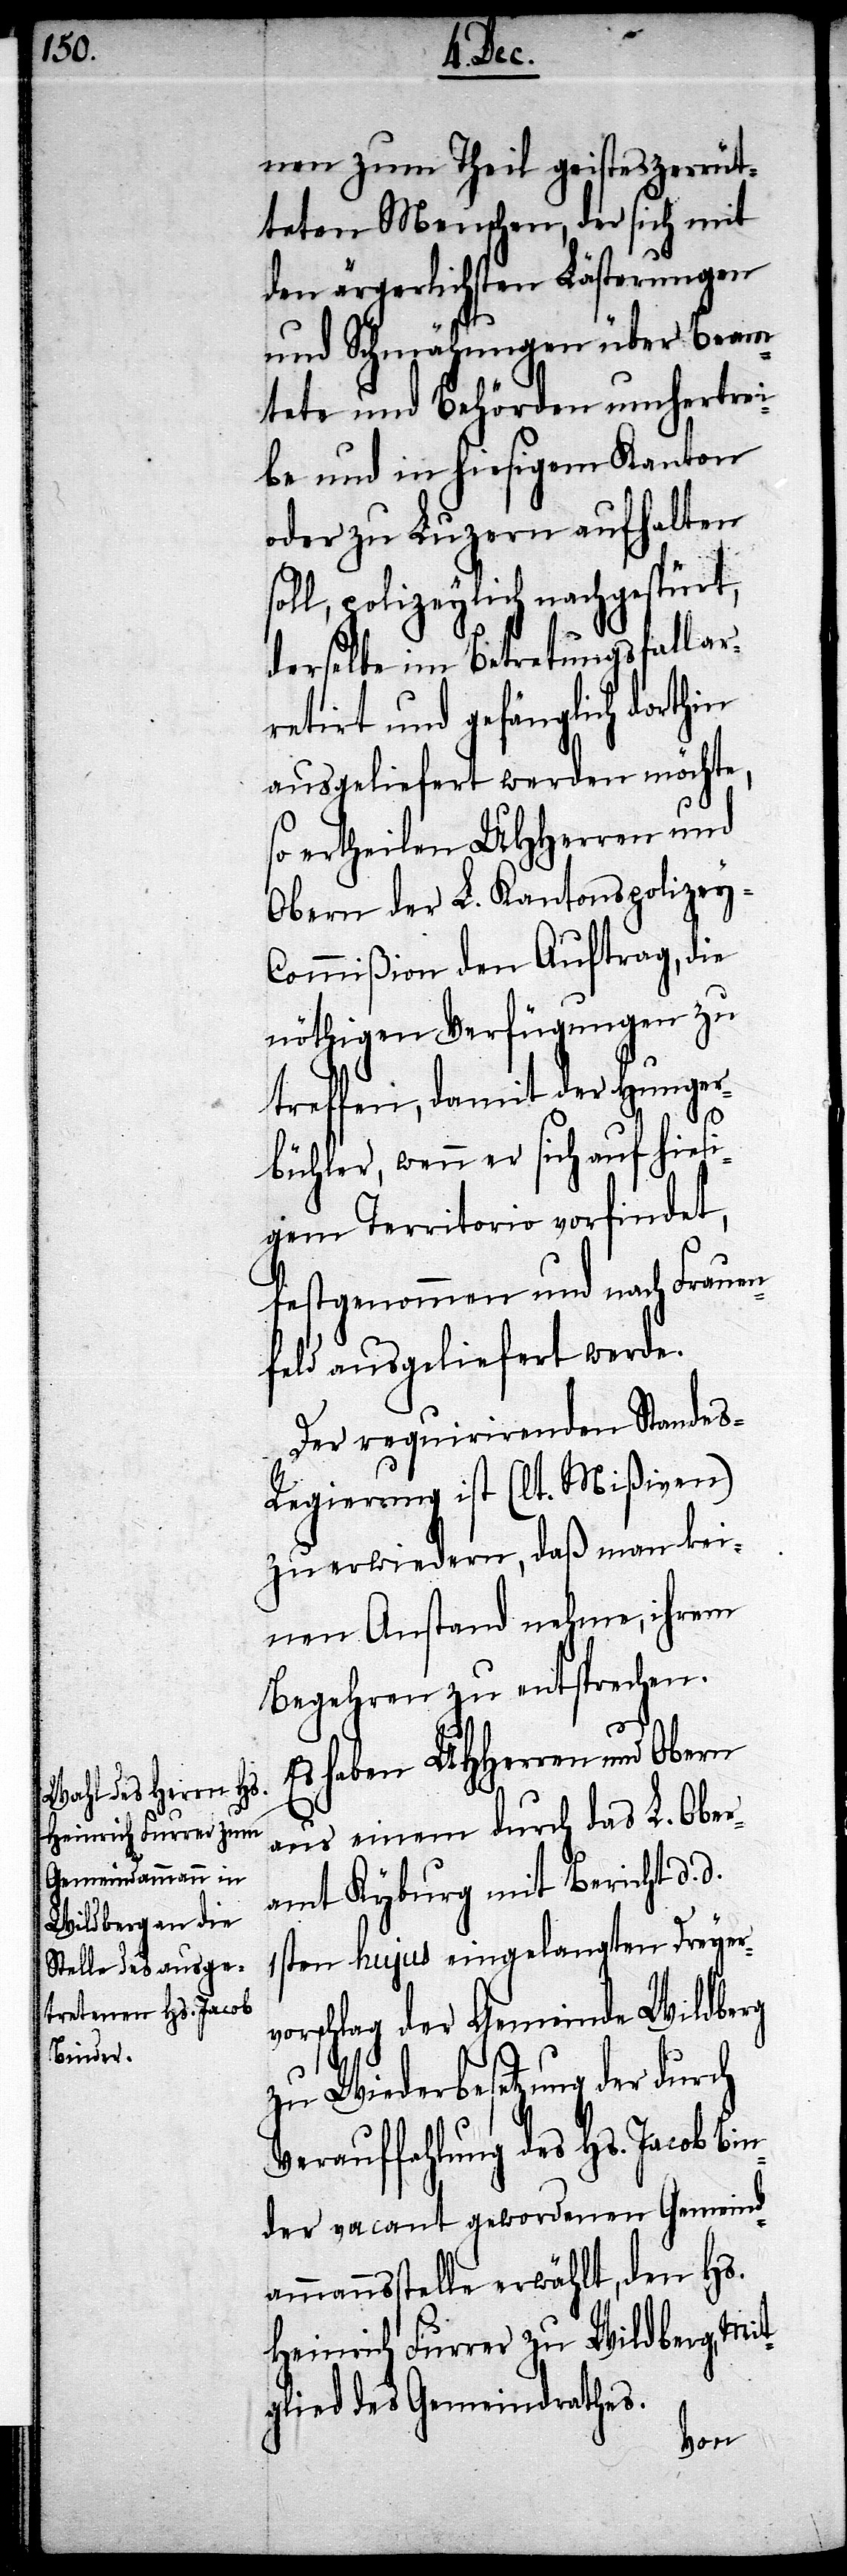
nem zum Theil geisteszerrüt¬
teten Menschen, der sich mit
den ärgerlichsten Lästerungen
und Schmähungen über Beam¬
tete und Behörden umhertrei¬
be und in hiesigem Kanton
oder zu Luzern aufhalten
soll, polizeylich nachgespürt,
derselben in Betretungsfall ar¬
retirt und gefänglich dorthin
ausgeliefert werden möchte,
so ertheilen UHHerren und
Obern des L. Kantonspolizey-C¬
ommißion den Auftrag, die
nöthigen Verfügungen zu
treffen, damit der Hunger¬
bühler, wenn er sich auf hiesi¬
gem Territorio vorfindet,
festgenommen und nach Frauen¬
feld ausgeliefert werde.
Der requirirenden Stande¬
s-Regierung ist (lt. Mißiven)
zu erwiedern, daß man kei¬
nen Anstand nehme, ihrem
Begehren zu entsprechen.
Es haben UHHerren und Obern
aus einem durch das L. Ober¬
amt Kyburg mit Bericht d.
1sten hujus eingelangten Dreyer¬
schlag der Gemeinde Wildberg
zu Wiederbesetzung der durch
Verauffahlung des Hs. Jacob Bin¬
der vacant gewordenen Gemeind¬
ammannsstelle erwählt, den Hs.
Heinrich Furrer zu Wildberg, Mit¬
glied des Gemeindrathes.
vor¬